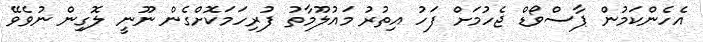
އެހެންކަމުން ޕާސްވޯޑް ޖެހުމަށް ފަހު އިތުރު މައުލޫމާތު ފުރިހަމަކޮށްގެން ނޫނީ ލޮގިން ނުވެވޭ